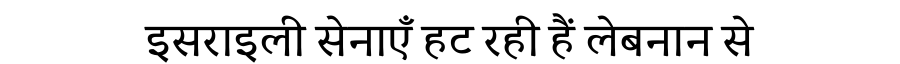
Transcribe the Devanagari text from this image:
इसराइली सेनाएँ हट रही हैं लेबनान से